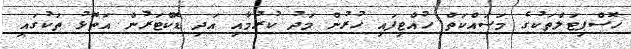
ހޮސްޕިޓަލްތަކުގެ މަސައްކަތް ހުއްޓިފައި ހުރުން މަދު ކުރުމާއި އަދި ޑޮކްޓަރުން އަތޮޅު ތަކުގައި